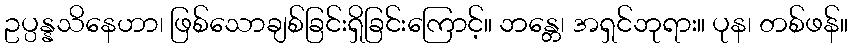
ဥပ္ပန္နသိနေဟာ၊ ဖြစ်သောချစ်ခြင်းရှိခြင်းကြောင့်။ ဘန္တေ၊ အရှင်ဘုရား။ ပုန၊ တစ်ဖန်။